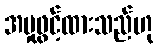
အမှုဖွင့်ထားသည်ဟု